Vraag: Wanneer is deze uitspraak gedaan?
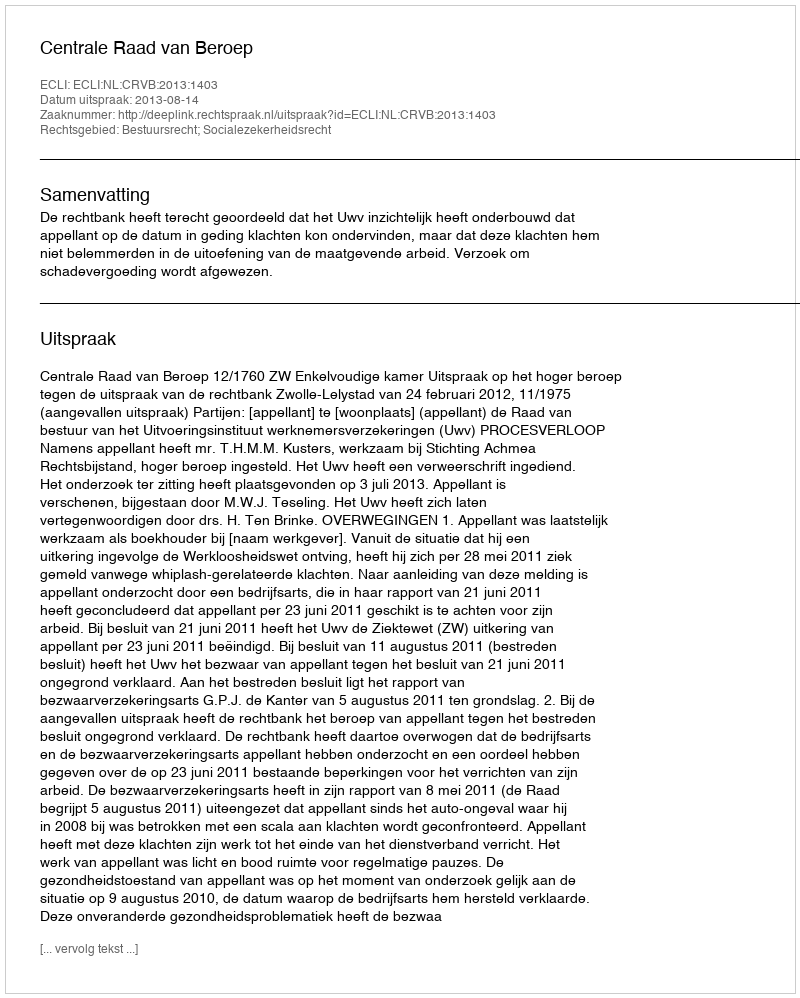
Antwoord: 2013-08-14